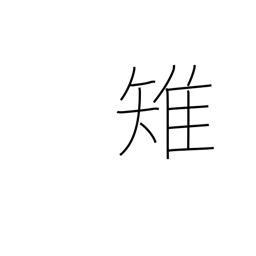
Meaning: pheasant